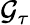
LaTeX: \mathcal{G}_{\tau}